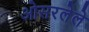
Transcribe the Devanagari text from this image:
ओसरलेले